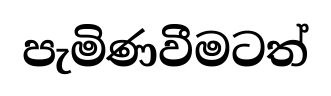
පැමිණවීමටත්